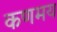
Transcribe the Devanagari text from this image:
कणमय